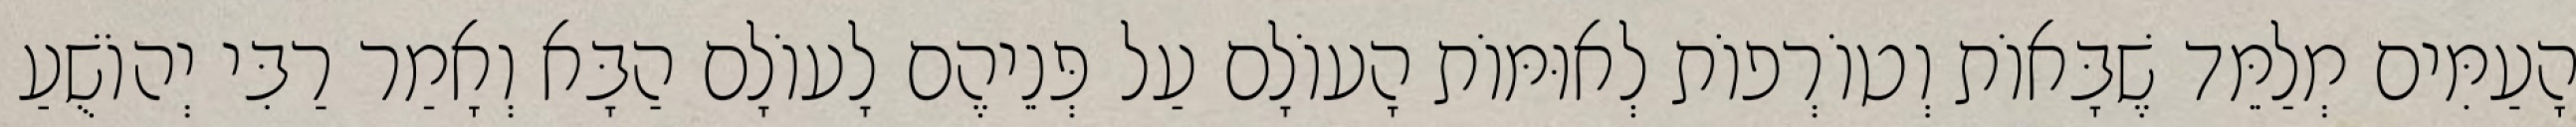
הָעַמִּים מְלַמֵּד שֶׁבָּאוֹת וְטוֹרְפוֹת לְאוּמּוֹת הָעוֹלָם עַל פְּנֵיהֶם לָעוֹלָם הַבָּא וְאָמַר רַבִּי יְהוֹשֻׁעַ